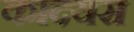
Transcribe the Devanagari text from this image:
कादयरा